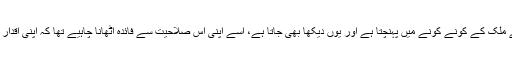
جیو ٹی وی پاکستان کا سب سے طاقتور میڈیا گروپ ہے جدید ٹیکنالوجی کی وجہ سے ملک کے کونے کونے میں پہنچتا ہے اور یوں دیکھا بھی جاتا ہے، اسے اپنی اس صلاحیت سے فائدہ اٹھانا چاہیے تھا کہ اپنی اقدار اور روایات کو عام کرتا ،اپنے قومی نظریے کی ترویج کرتا لیکن اس نے ایسا نہ کیا۔